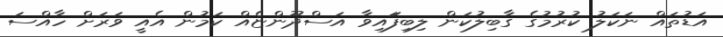
އަޑުތައް ނަކަލު ކުރުމުގެ ގާބިލުކަން ލިބިފަައިވާ އަސްދޫންޏެއް ކަމުން އެއީ ވަރަށް ހާއްސަ